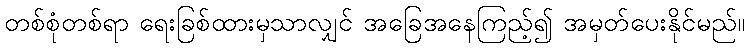
တစ်စုံတစ်ရာ ရေးခြစ်ထားမှသာလျှင် အခြေအနေကြည့်၍ အမှတ်ပေးနိုင်မည်။